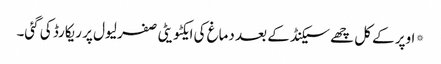
*اوپر کے کل چھے سیکنڈ کے بعد دماغ کی ایکٹویٹی صفر لیول پر ریکارڈ کی گئی۔